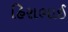
હિરાભાઈ